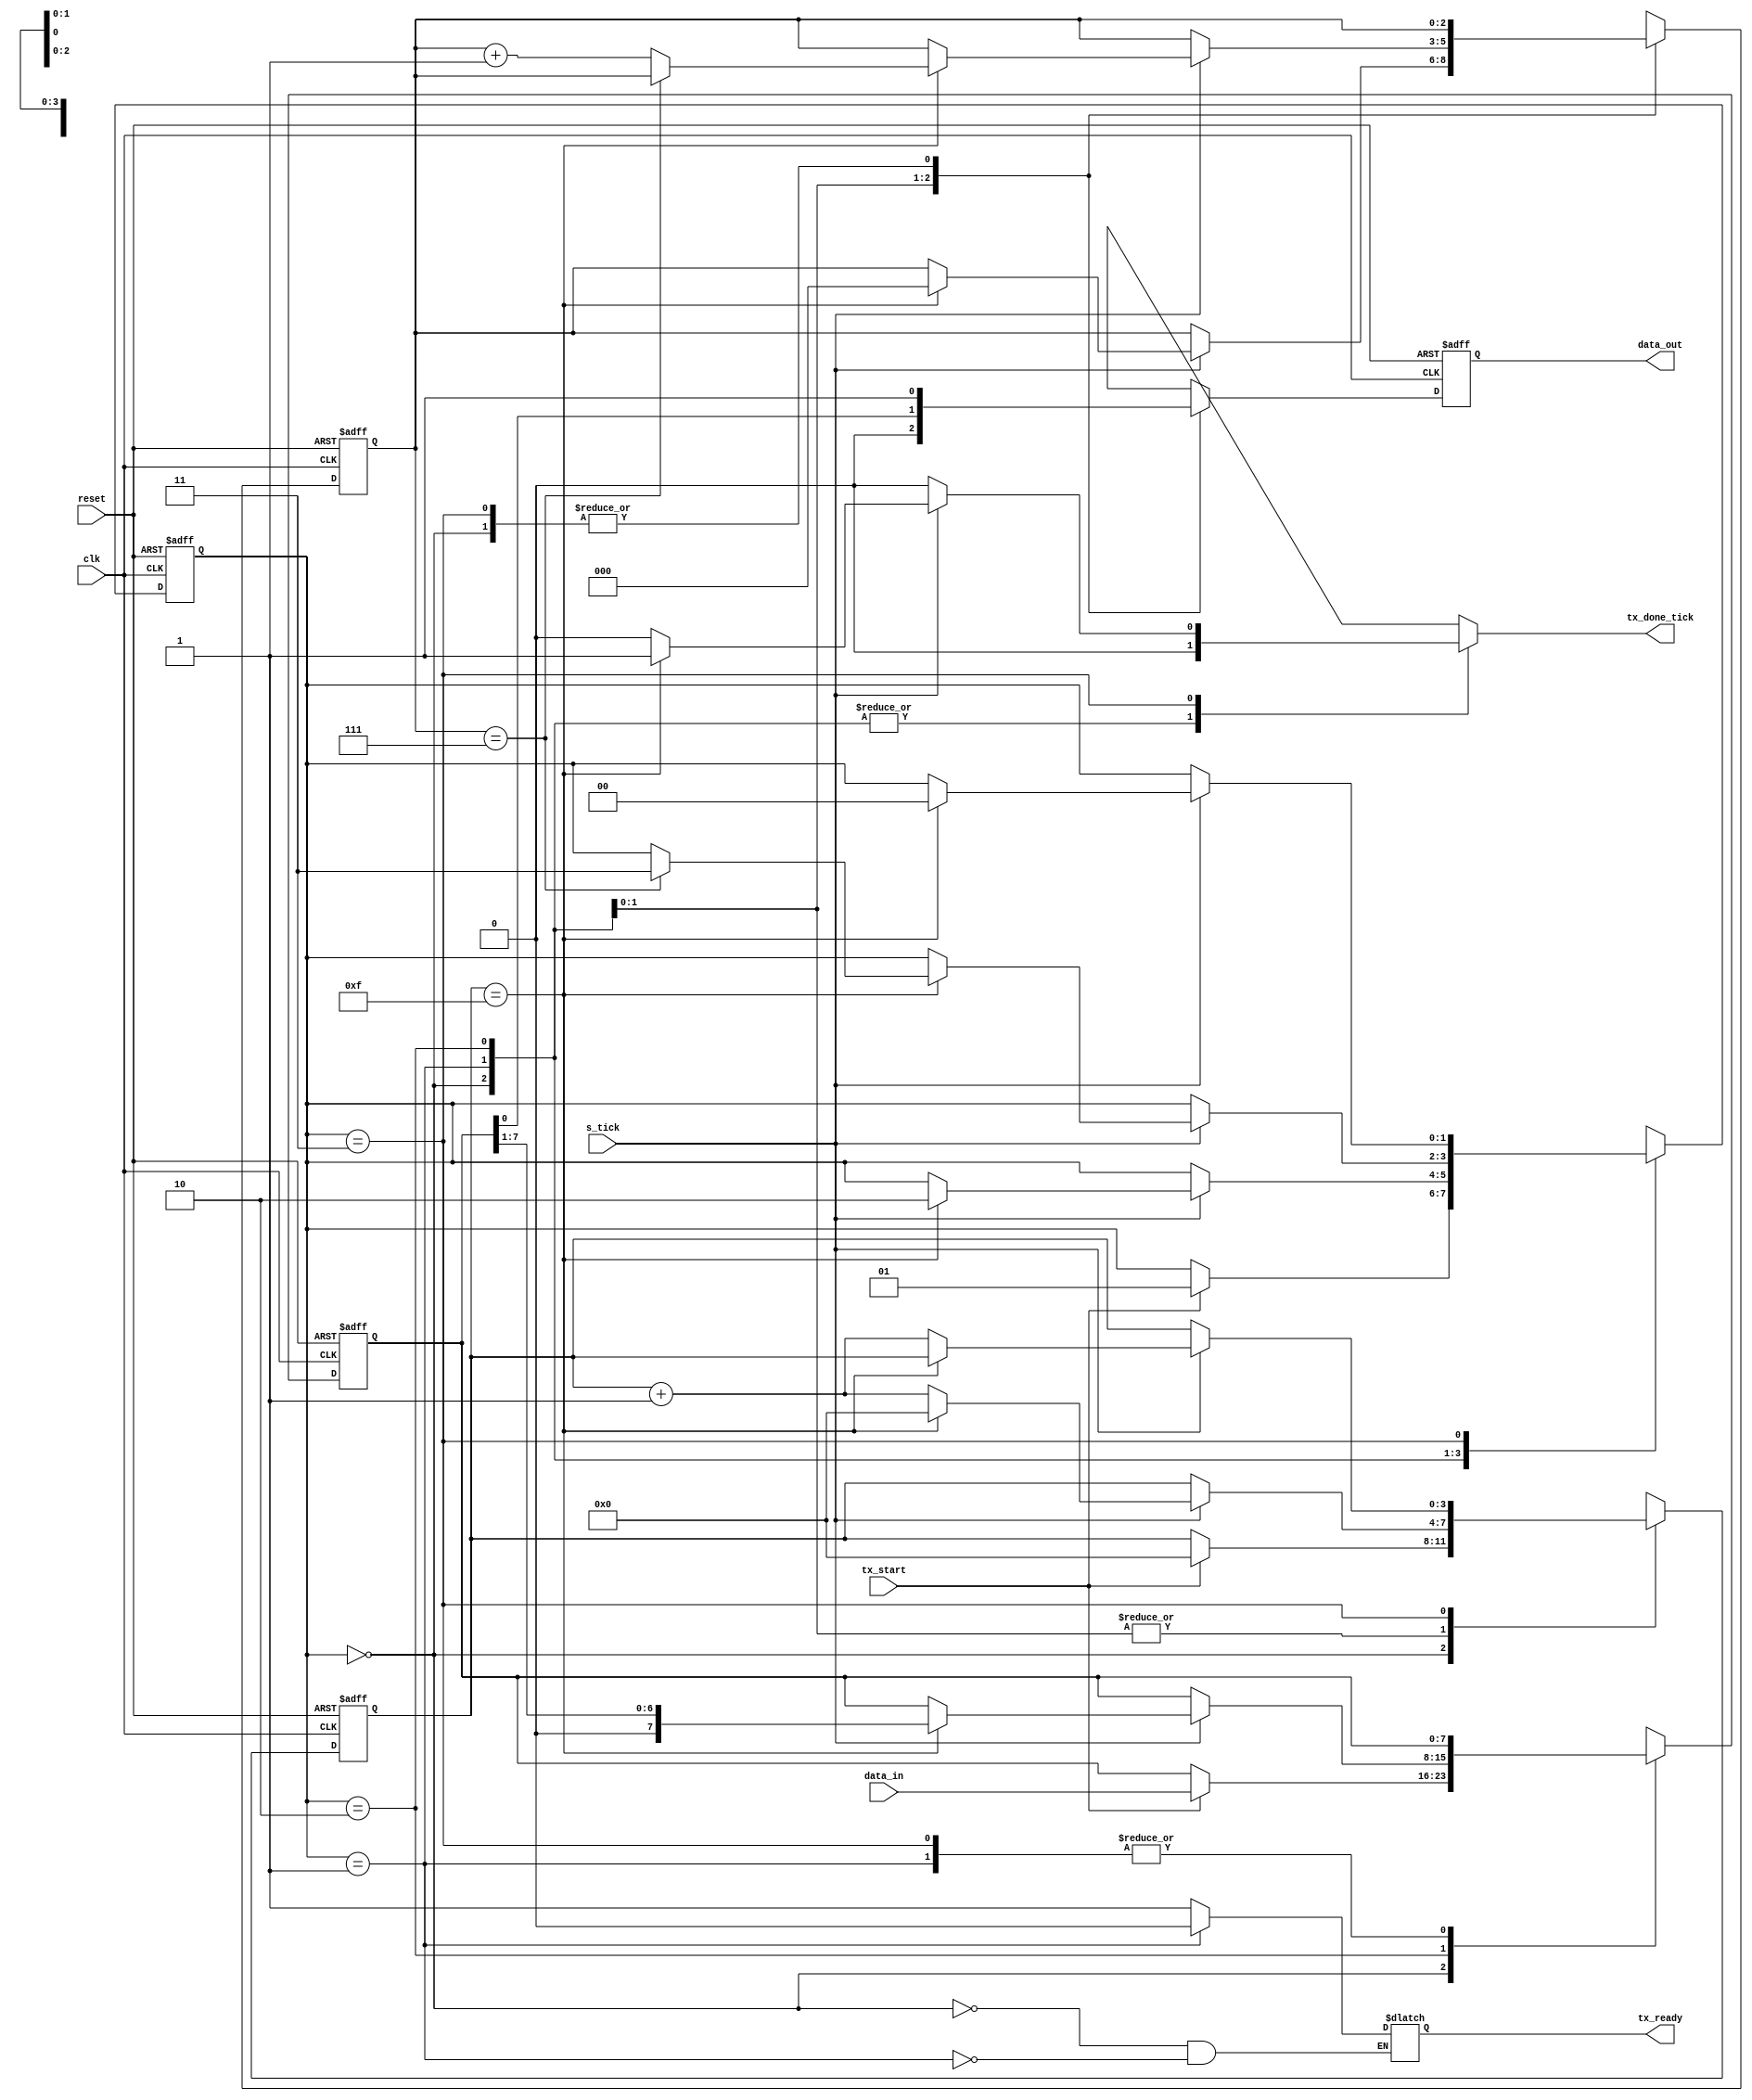
`timescale 1ns / 1ps


module uart_tx
  #(
    parameter DBIT = 8,				// Number of data bits to receive
    SB_TICK = 16			// Number of ticks for the stop bit. 16 ticks=1 stop bit, 24=1.5 and 32=2.
  )
  ( 
    input wire clk,
    input wire reset,
    input wire [7:0] data_in,
    input wire s_tick,
    input wire tx_start,
    output reg tx_done_tick,
    output wire  data_out,
    output reg tx_ready

  );

  // state declaration for the FSMD
  localparam [1:0]
		idle  = 2'b00,
		start = 2'b01,
		data  = 2'b10,
		stop  = 2'b11;

  //	signal declaration
  reg [1:0] state_reg, state_next;
  reg [3:0] cnt_15_reg, cnt_15_next;
  reg [2:0] cnt_8_reg, cnt_8_next;
  reg [7:0] shift_out_reg, shift_out_next;
  reg tx_reg, tx_next;

  //	body
  //	FSMD state & data registers
  always@(posedge clk, posedge reset)
    if (reset)
      begin
        state_reg <= idle;
        cnt_15_reg <= 0;
        cnt_8_reg <= 0;
        shift_out_reg <= 0;
        tx_reg <= 0;
      end
  else
    begin
      state_reg <= state_next;
      cnt_15_reg <= cnt_15_next;
      cnt_8_reg <= cnt_8_next;
      shift_out_reg <= shift_out_next;
      tx_reg <= tx_next;
    end

  //	FSMD next-state logic
  always@*
    begin
      state_next = state_reg ;
      cnt_15_next = cnt_15_reg;
      cnt_8_next = cnt_8_reg;
      shift_out_next = shift_out_reg;
		tx_next = tx_reg;
		tx_done_tick = 1'b0;
		
      case (state_reg)
		
        idle:
			 begin
			    tx_ready<=1'b1;
				 tx_next = 1'b1;
				 if(tx_start)
					begin
					  state_next = start;
					  cnt_15_next = 0;
					  shift_out_next = data_in;
					end
			 end
				
        start:
			 begin
			 	tx_ready<=1'b0;

				 tx_next = 1'b0;
				 if (s_tick)
					if(cnt_15_reg==15)
					  begin
						 state_next=data;
						 cnt_15_next=0;
						 cnt_8_next=0;
					  end
			  else
				 cnt_15_next = cnt_15_reg+1'b1;
			 end
			 
        data:
			 begin
				 tx_next = shift_out_reg[0];
				 if(s_tick)
					if(cnt_15_reg==15)
					  begin
						 cnt_15_next=0;
						 shift_out_next = shift_out_reg >> 1;
						 if(cnt_8_reg==(DBIT-1))
							state_next=stop;
						 else
							cnt_8_next=cnt_8_reg+1'b1;
					  end
			  else
				 cnt_15_next=cnt_15_reg+1'b1;
			 end
			 
        stop:
			 begin
				 tx_next = 1'b1;
				 if(s_tick)
					if(cnt_15_reg==(SB_TICK-1))
					  begin
						 state_next=idle;
						 tx_done_tick=1'b1;
					  end
			  else
				 cnt_15_next = cnt_15_reg+1'b1;
			 end
      endcase
    end

    //output
    assign data_out = tx_reg;

endmodule